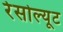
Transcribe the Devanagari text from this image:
रेसोल्यूट